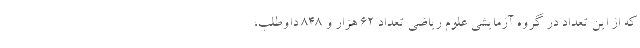
که از این تعداد در گروه آزمایشی علوم ریاضی تعداد ۶۲ هزار و ۸۴۸ داوطلب،